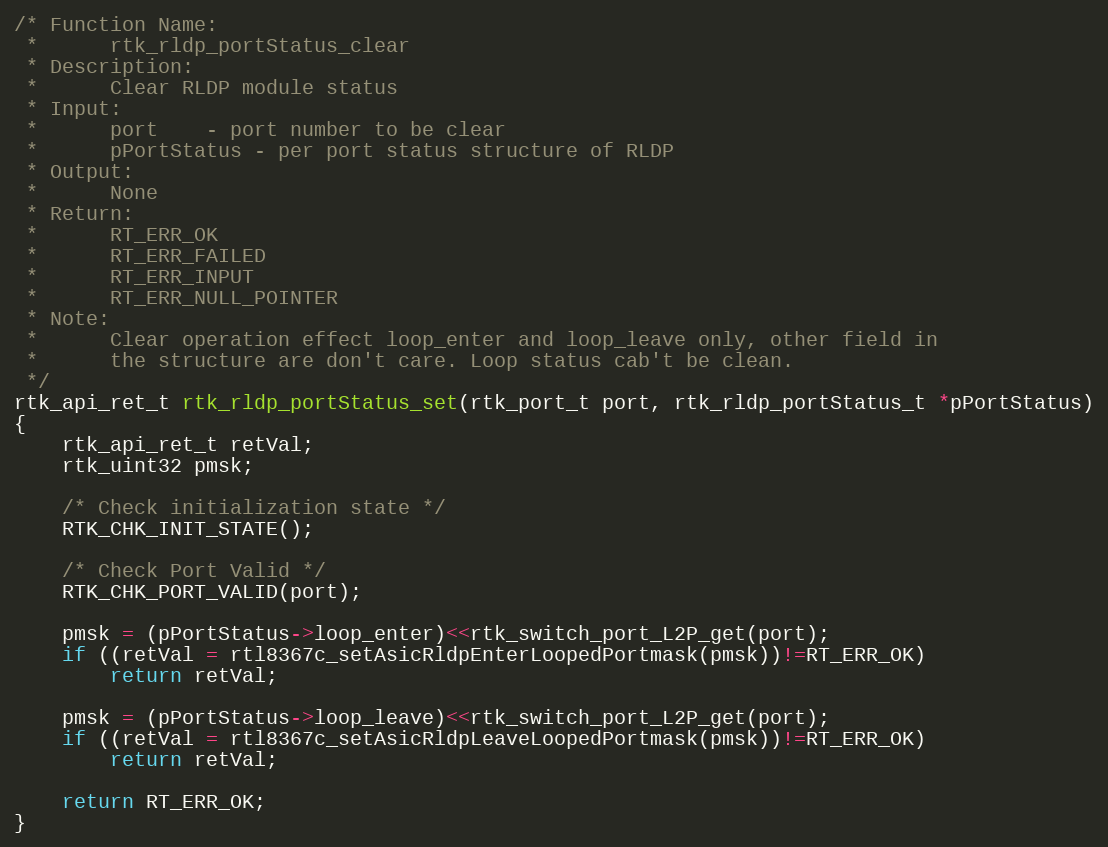
Language: C
/* Function Name:
 *      rtk_rldp_portStatus_clear
 * Description:
 *      Clear RLDP module status
 * Input:
 *      port    - port number to be clear
 *      pPortStatus - per port status structure of RLDP
 * Output:
 *      None
 * Return:
 *      RT_ERR_OK
 *      RT_ERR_FAILED
 *      RT_ERR_INPUT
 *      RT_ERR_NULL_POINTER
 * Note:
 *      Clear operation effect loop_enter and loop_leave only, other field in
 *      the structure are don't care. Loop status cab't be clean.
 */
rtk_api_ret_t rtk_rldp_portStatus_set(rtk_port_t port, rtk_rldp_portStatus_t *pPortStatus)
{
    rtk_api_ret_t retVal;
    rtk_uint32 pmsk;

    /* Check initialization state */
    RTK_CHK_INIT_STATE();

    /* Check Port Valid */
    RTK_CHK_PORT_VALID(port);

    pmsk = (pPortStatus->loop_enter)<<rtk_switch_port_L2P_get(port);
    if ((retVal = rtl8367c_setAsicRldpEnterLoopedPortmask(pmsk))!=RT_ERR_OK)
        return retVal;

    pmsk = (pPortStatus->loop_leave)<<rtk_switch_port_L2P_get(port);
    if ((retVal = rtl8367c_setAsicRldpLeaveLoopedPortmask(pmsk))!=RT_ERR_OK)
        return retVal;

    return RT_ERR_OK;
}